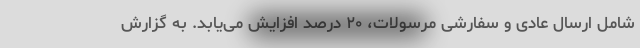
شامل ارسال عادی و سفارشی مرسولات، ۲۰ درصد افزایش می‌یابد. به گزارش